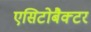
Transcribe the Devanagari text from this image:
एसिटोबैक्टर